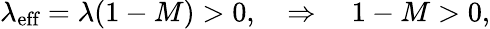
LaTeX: \begin{array}{r}{\lambda_{\textrm{eff}}=\lambda(1-M)>0,\quad\Rightarrow\quad 1-M>0,}\end{array}